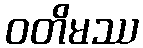
ဝတိမဿ